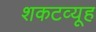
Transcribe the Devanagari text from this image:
शकटव्यूह